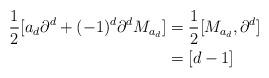
LaTeX: \begin{align*}\frac{1}{2}[a_{d}\partial^{d}+(-1)^{d}\partial^{d}M_{a_{d}}] & =\frac{1}{2}[M_{a_{d}},\partial^{d}]\\& =[d-1]\end{align*}